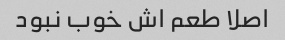
اصلا طعم اش خوب نبود